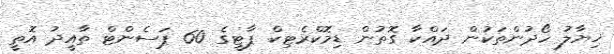
ޚިޔާލު ހޯދުންތަކުން ދައްކާ ގޮތުން ޑިމޮކްރެޓިކް ޕާޓީގެ 60 ޕަސެންޓް ތާއީދު އޮތީ